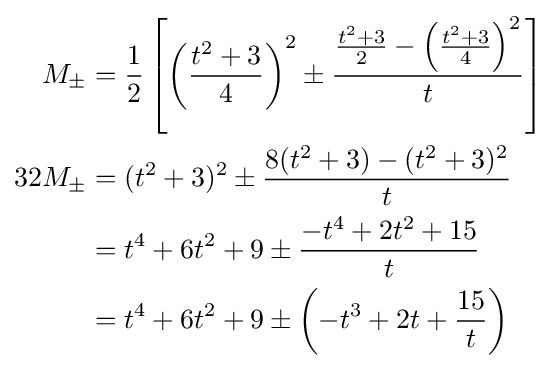
{\begin{aligned}M_{\pm }&={\frac {1}{2}}\left[\left({\frac {t^{2}+3}{4}}\right)^{2}\pm {\frac {{\frac {t^{2}+3}{2}}-\left({\frac {t^{2}+3}{4}}\right)^{2}}{t}}\right]\\32M_{\pm }&=(t^{2}+3)^{2}\pm {\frac {8(t^{2}+3)-(t^{2}+3)^{2}}{t}}\\&=t^{4}+6t^{2}+9\pm {\frac {-t^{4}+2t^{2}+15}{t}}\\&=t^{4}+6t^{2}+9\pm \left(-t^{3}+2t+{\frac {15}{t}}\right)\end{aligned}}